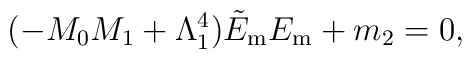
(-M_{0}M_{1}+\Lambda _{1}^{4})\tilde{E}_{\mathrm{m} }E_{\mathrm{m} }+m_{2}=0,